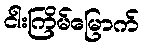
ငါးကြိမ်မြောက်